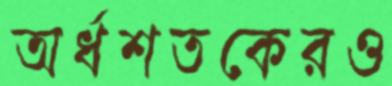
অর্ধশতকেরও